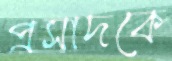
প্রসাদকে